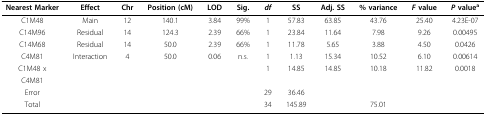
| Nearest Marker | Effect | Chr | Position (cM) | LOD | Sig. | df | SS | Adj. SS | % variance | F value | P valuea |
 | --- | --- | --- | --- | --- | --- | --- | --- | --- | --- | --- | --- |
 | C1M48 | Main | 12 | 140.1 | 3.84 | 99% | 1 | 57.83 | 63.85 | 43.76 | 25.40 | 4.23E-07 |
 | C14M96 | Residual | 14 | 124.3 | 2.39 | 66% | 1 | 23.84 | 11.64 | 7.98 | 9.26 | 0.00495 |
 | C14M68 | Residual | 14 | 50.0 | 2.39 | 66% | 1 | 11.78 | 5.65 | 3.88 | 4.50 | 0.0426 |
 | C4M81 | Interaction | 4 | 50.0 | 0.06 | n.s. | 1 | 1.13 | 15.34 | 10.52 | 6.10 | 0.00614 |
 | C1M48 x |  |  |  |  |  | 1 | 14.85 | 14.85 | 10.18 | 11.82 | 0.0018 |
 | C4M81 |  |  |  |  |  |  |  |  |  |  |  |
 | Error |  |  |  |  |  | 29 | 36.46 |  |  |  |  |
 | Total |  |  |  |  |  | 34 | 145.89 |  | 75.01 |  |  |